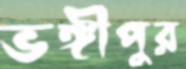
ভঙ্গীপুর